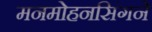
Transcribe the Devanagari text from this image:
मनमोहनसिंगने